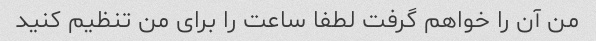
من آن را خواهم گرفت لطفا ساعت را برای من تنظیم کنید